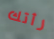
رأتك